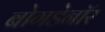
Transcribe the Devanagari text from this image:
बोगडेनॉर